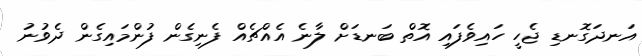
އަނދަގޮނޑި ޖެހީ ހައިވެފައި އޮތް ބަނޑަށް ލާނެ އެއްޗެއް ފެނިގެން ފުންމައިގެން ދެވުނު